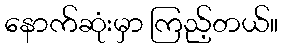
နောက်ဆုံးမှာ ကြည့်တယ်။